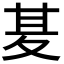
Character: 𭐢